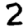
Digit: 2